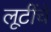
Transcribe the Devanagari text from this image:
लूटींचे